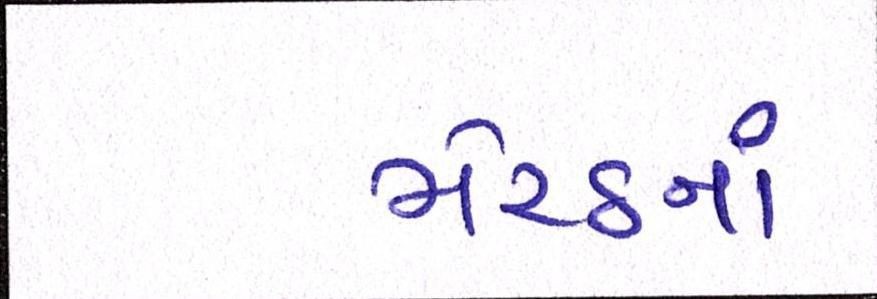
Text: મેરઠનાં